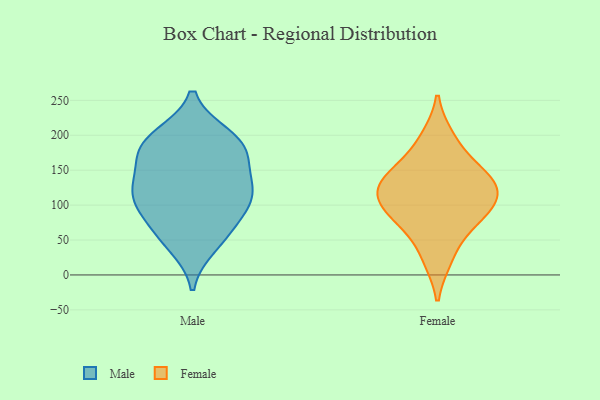
{"axis": {"x": "Waste Production (Tons)", "y": "Value"}, "legend": ["Female", "Male"], "data": [{"x": "", "y": 108, "type": "Male"}, {"x": "", "y": 113, "type": "Male"}, {"x": "", "y": 69, "type": "Male"}, {"x": "", "y": 55, "type": "Male"}, {"x": "", "y": 173, "type": "Male"}, {"x": "", "y": 198, "type": "Male"}, {"x": "", "y": 182, "type": "Male"}, {"x": "", "y": 42, "type": "Male"}, {"x": "", "y": 115, "type": "Male"}, {"x": "", "y": 157, "type": "Male"}, {"x": "", "y": 183, "type": "Male"}, {"x": "", "y": 90, "type": "Male"}, {"x": "", "y": 123, "type": "Male"}, {"x": "", "y": 199, "type": "Male"}, {"x": "", "y": 130, "type": "Male"}, {"x": "", "y": 23, "type": "Female"}, {"x": "", "y": 133, "type": "Female"}, {"x": "", "y": 159, "type": "Female"}, {"x": "", "y": 104, "type": "Female"}, {"x": "", "y": 79, "type": "Female"}, {"x": "", "y": 72, "type": "Female"}, {"x": "", "y": 197, "type": "Female"}, {"x": "", "y": 139, "type": "Female"}, {"x": "", "y": 108, "type": "Female"}, {"x": "", "y": 121, "type": "Female"}]}